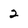
Character: 2